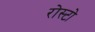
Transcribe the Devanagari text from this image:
रोस्टो